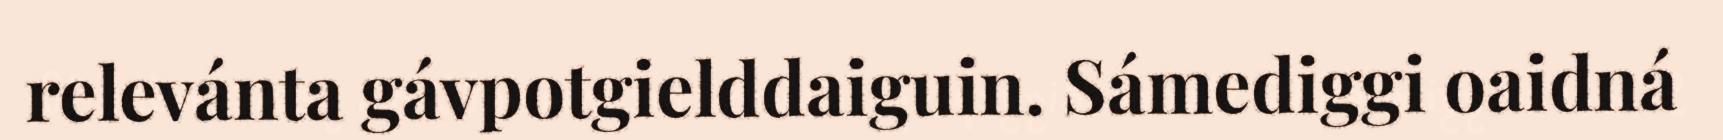
relevánta gávpotgielddaiguin. Sámediggi oaidná